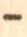
-